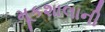
મૂકશાલાની